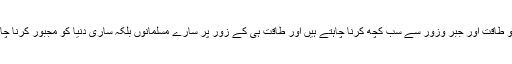
اس تکون کا تیسرا کونا القاعده اور داعش جیسى دہشت گرد تنظیمیں ہیں جو طاقت اور جبر وزور سے سب کچھ کرنا چاہتے ہیں اور طاقت ہى کے زور پر سارے مسلمانوں بلکہ سارى دنیا کو مجبور کرنا چاہتے ہیں کہ سب انہیں کے متشدد نظرئیے اور حکومت کے ماتحت رہیں۔